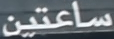
ساعتين